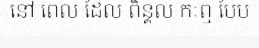
នៅ ពេល ដែល ពិន្គល កៈឮ បែប